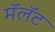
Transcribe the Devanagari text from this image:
मॅलॅट